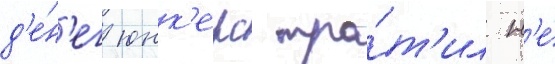
д'е́н'ег юнк'ерс тра́т'ил н'е́